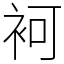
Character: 袔